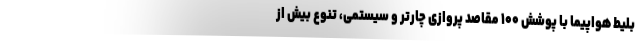
بلیط هواپیما با پوشش ۱۰۰ مقاصد پروازی چارتر و سیستمی، تنوع بیش از